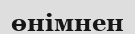
өнімнен